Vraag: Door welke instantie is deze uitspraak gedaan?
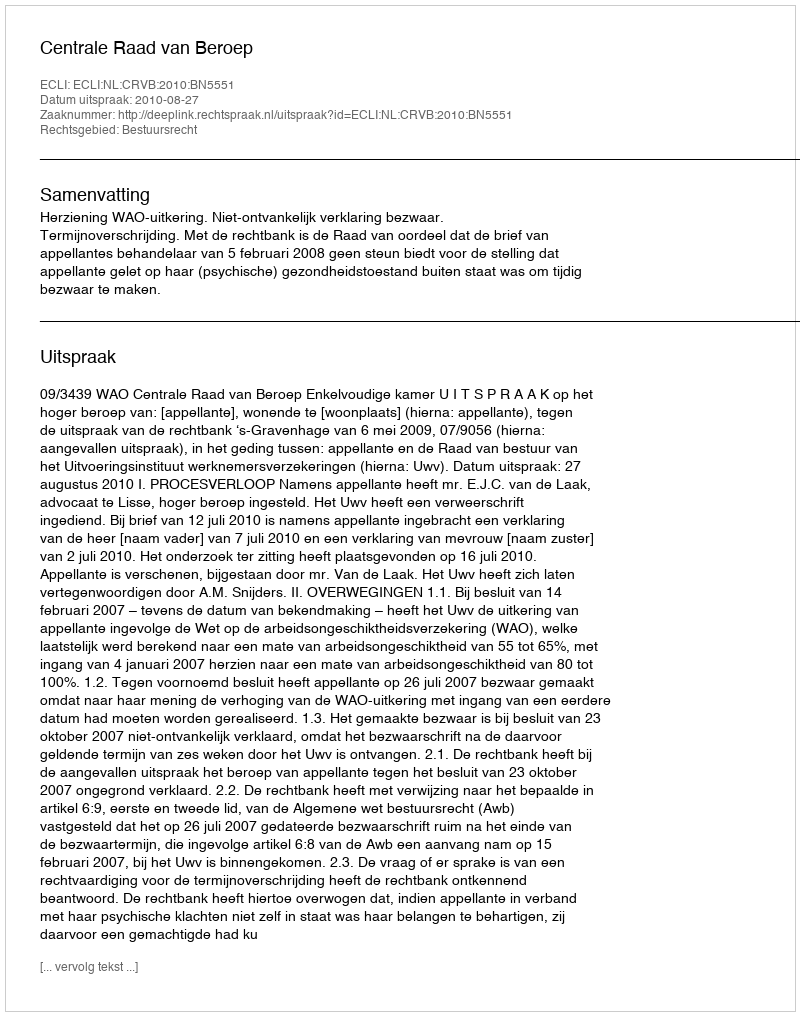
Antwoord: Centrale Raad van Beroep